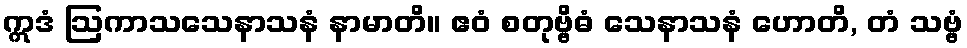
ဣဒံ ဩကာသသေနာသနံ နာမာတိ။ ဧဝံ စတုဗ္ဗိဓံ သေနာသနံ ဟောတိ, တံ သဗ္ဗံ